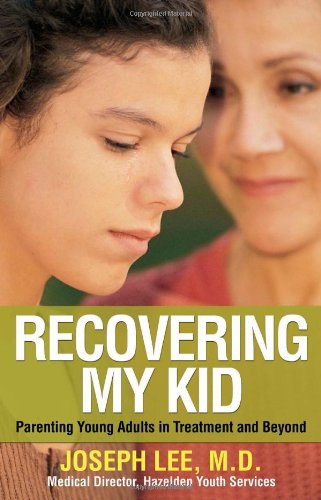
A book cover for Recovering My Kid: Parenting Young Adults in Treatment and Beyond; Joseph Lee; Health, Fitness & Dieting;